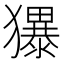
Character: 𪻌